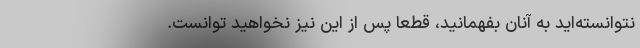
نتوانسته‌ايد به آنان بفهمانيد، قطعا پس از اين نيز نخواهيد توانست.